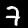
Digit: 7